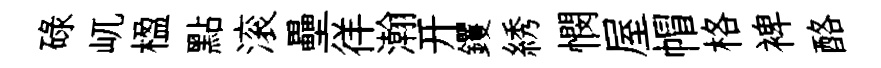
碌屼楹點滚壘徉瀚开钁綉憫屋帽格裨酪